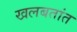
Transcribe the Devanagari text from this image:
खलबतांत